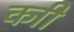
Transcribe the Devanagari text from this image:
काी